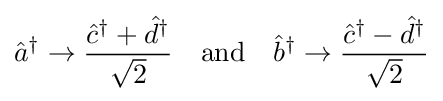
{\hat {a}}^{\dagger }\to {\frac {{\hat {c}}^{\dagger }+{\hat {d}}^{\dagger }}{\sqrt {2}}}\quad {\text{and}}\quad {\hat {b}}^{\dagger }\to {\frac {{\hat {c}}^{\dagger }-{\hat {d}}^{\dagger }}{\sqrt {2}}}